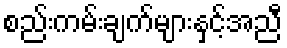
စည်းကမ်းချက်များနှင့်အညီ